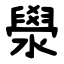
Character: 澩